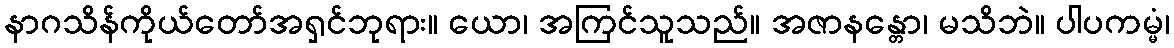
နာဂသိန်ကိုယ်တော်အရှင်ဘုရား။ ယော၊ အကြင်သူသည်။ အဇာနန္တော၊ မသိဘဲ။ ပါပကမ္မံ၊